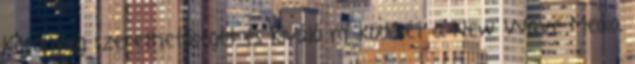
Köpönyeg szerethetőségét és kiváló működését a New Wave Media